Calcutta medical institutions reports 1879-81 [i.e.91]
Year: 1879
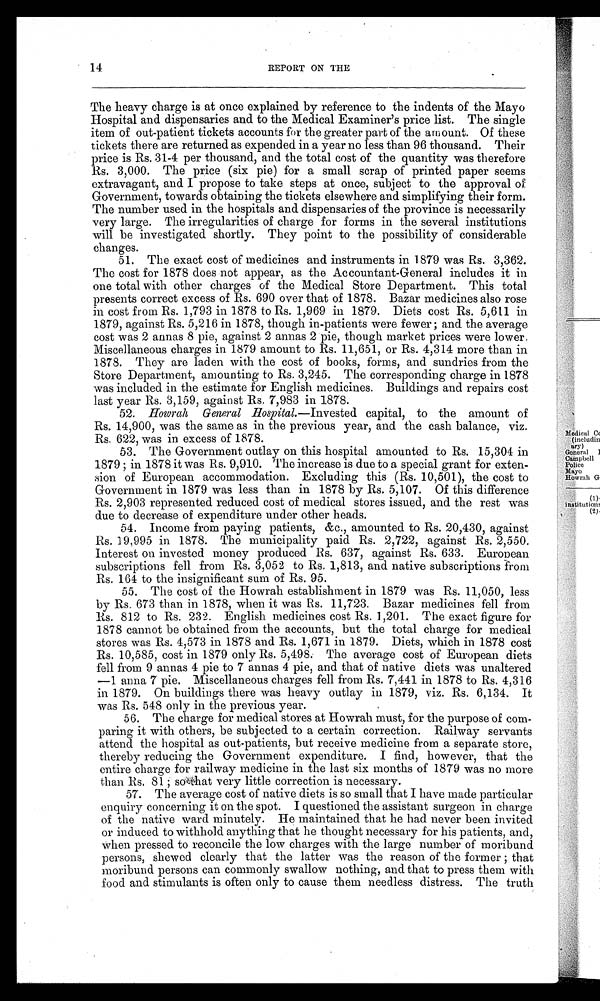
14
REPORT ON THE
The heavy charge is at once explained by reference to the indents of the Mayo
Hospital and dispensaries and to the Medical Examiner's price list. The single
item of out-patient tickets accounts for the greater part of the amount. Of these
tickets there are returned as expended in a year no less than 96 thousand. Their
price is Rs. 31-4 per thousand, and the total cost of the quantity was therefore
Rs. 3,000. The price (six pie) for a small scrap of printed paper seems
extravagant, and I propose to take steps at once, subject to the approval of
Government, towards obtaining the tickets elsewhere and simplifying their form.
The number used in the hospitals and dispensaries of the province is necessarily
very large. The irregularities of charge for forms in the several institutions
will be investigated shortly. They point to the possibility of considerable
changes.
51. The exact cost of medicines and instruments in 1879 was Rs. 3,362.
The cost for 1878 does not appear, as the Accountant-General includes it in
one total with other charges of the Medical Store Department. This total
presents correct excess of Rs. 690 over that of 1878. Bazar medicines also rose
in cost from Rs. 1,793 in 1878 to Rs. 1,969 in 1879. Diets cost Rs. 5,611 in
1879, against Rs. 5,216 in 1878, though in-patients were fewer; and the average
cost was 2 annas 8 pie, against 2 annas 2 pie, though market prices were lower.
Miscellaneous charges in 1879 amount to Rs. 11,651, or Rs. 4,314 more than in
1878. They are laden with the cost of books, forms, and sundries from the
Store Department, amounting to Rs. 3,245. The corresponding charge in 1878
was included in the estimate for English medicines. Buildings and repairs cost
last year Rs. 3,159, against Rs. 7,983 in 1878.
52. Ho wr a h Ge n e r a l Ho s p i t a l . — I n v e s t e d
c a p i t a l , t o t h e a m o u n t o f
Rs. 14,900, was the same as in the previous year, and the cash balance, viz.
Rs. 622, was in excess of 1878.
53. The Government outlay on this hospital amounted to Rs. 15,304 in
1879; in 1878 it was Rs. 9,910. The increase is due to a special grant for exten
- s i o n o f E u r o p e a n a c c o m m o d a t i o n . E x c l u d i n g t h i s ( R s . 1 0 , 5 0 1 ) , t h e c o s t t o
Government in 1879 was less than in 1878 by Rs. 5,107. Of this difference
Rs. 2,903 represented reduced cost of medical stores issued, and the rest was
due to decrease of expenditure under other heads.
54. Income from paying patients, &c., amounted to Rs. 20,430, against
Rs. 19,995 in 1878. The municipality paid Rs. 2,722, against Rs. 2,550.
Interest on invested money produced Rs. 637, against Rs. 633. European
subscriptions fell from Rs. 3,052 to Rs. 1,813, and native subscriptions from
Rs. 164 to the insignificant sum of Rs. 95.
55. The cost of the Howrah establishment in 1879 was Rs. 11,050, less
by Rs. 673 than in 1878, when it was Rs. 11,723. Bazar medicines fell from
Rs. 812 to Rs. 232. English medicines cost Rs. 1,201. The exact figure for
1878 cannot be obtained from the accounts, but the total charge for medical
stores was Rs. 4,573 in 1878 and Rs. 1,671 in 1879. Diets, which in 1878 cost
Rs. 10,585, cost in 1879 only Rs. 5,498. The average cost of European diets
fell from 9 annas 4 pie to 7 annas 4 pie, and that of native diets was unaltered
— 1 a n n a 7 p i e . M i s c e l l a n e o u s c h a r g e s f e l l f r o m R s . 7 , 4 4 1 i n 1 8 7 8 t o R s . 4 , 3 1 6
in 1879. On buildings there was heavy outlay in 1879, viz. Rs. 6,134. It
was Rs. 548 only in the previous year.
56. The charge for medical stores at Howrah must, for the purpose of com
- p a r i n g i t w i t h o t h e r s , b e s u b j e c t e d t o a c e r t a i n c o r r e c t i o n . R a i l w a y s e r v a n t s
attend the hospital as out-patients, but receive medicine from a separate store,
thereby reducing the Government expenditure. I find, however, that the
entire charge for railway medicine in the last six months of 1879 was no more
than Rs. 81; so that very little correction is necessary.
57. The average cost of native diets is so small that I have made particular
enquiry concerning it on the spot. I questioned the assistant surgeon in charge
of the native ward minutely. He maintained that he had never been invited
or induced to withhold anything that he thought necessary for his patients, and,
when pressed to reconcile the low charges with the large number of moribund
persons, shewed clearly that the latter was the reason of the former; that
moribund persons can commonly swallow nothing, and that to press them with
food and stimulants is often only to cause them needless distress. The truth